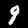
Label: 9